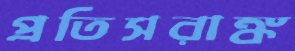
প্রতিসরাঙ্ক